Annual report on the working of the Harcourt Butler Institute of Public Health, Rangoon
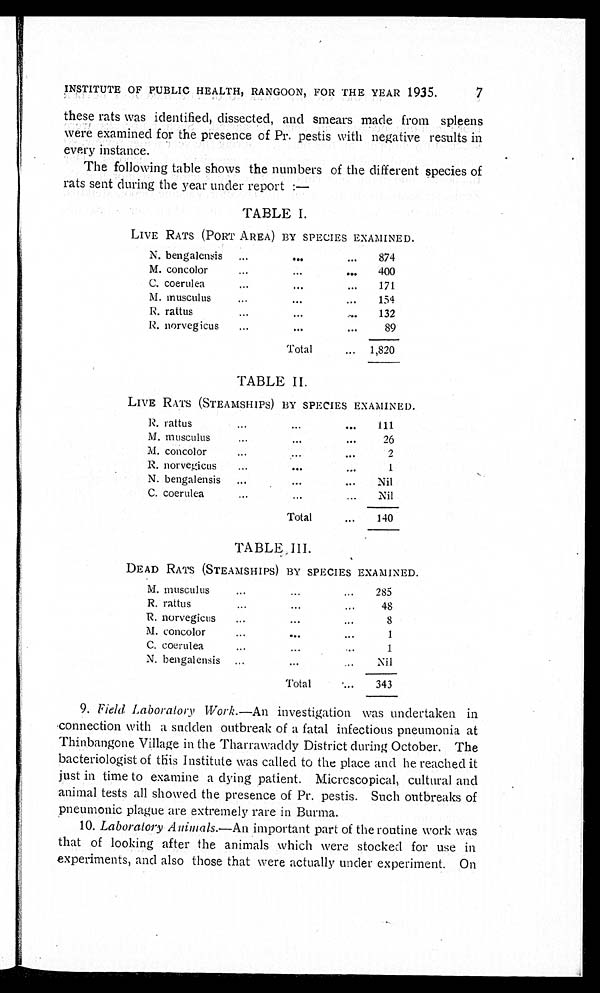
7
INSTITUTE OF PUBLIC HEALTH, RANGOON, FOR THE YEAR 1935.
these rats was identified, dissected, and smears made from spleens
were examined for the presence of Pr. pestis with negative results in
every instance.
The following table shows the numbers of the different species of
rats sent during the year under report:—
TABLE I.
LIVE RATS (PORT AREA) BY SPECIES EXAMINED.
N. bengalensis . . .
874
M . c o n c o l o r . . .
400
C. coerulea . . .
171
M . m u s c u l u s . . .
1 5 4
R. rattus . . .
132
R. norvegicus . . .
89
Total . . . 1,820
TABLE II.
LIVE RATS (STEAMSHIPS) BY SPECIES EXAMINED.
R . r a t t u s . . .
111
M . m u s c u l u s . . .
26
M. concolor . . .
2
R . n o r v e g i c u s . . .
1
N. bengalensis . . .
Nil
C. coerulea . . .
Nil
Total . . .
140
TABLE III.
DEAD RATS (STEAMSHIPS) BY SPECIES EXAMINED.
M. musculus . . .
285
R. rattus. . .
48
R. norvegicus . . .
8
M. concolor . . .
1
C. coerulea . . .
1
N. bengalensis . . .
Nil
Total . . .
343
9. Field Laboratory Work.— An investigation was undertaken in
connection with a sudden outbreak of a fatal infectious pneumonia at
Thinbangone Village in the Tharrawaddy District during October. The
bacteriologist of this Institute was called to the place and he reached it
just in time to examine a dying patient. Microscopical, cultural and
animal tests all showed the presence of Pr. pestis. Such outbreaks of
pneumonic plague are extremely rare in Burma.
10. Laboratory Animals.— An important part of the routine work was
that of looking after the animals which were stocked for use in
experiments, and also those that were actually under experiment. On